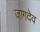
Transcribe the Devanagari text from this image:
जागदेव